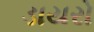
ડાયરો